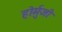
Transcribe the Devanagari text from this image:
होर्मुजी